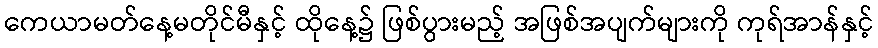
ကေယာမတ်နေ့မတိုင်မီနှင့် ထိုနေ့၌ ဖြစ်ပွားမည့် အဖြစ်အပျက်များကို ကုရ်အာန်နှင့်